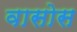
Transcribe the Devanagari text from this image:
वासोस